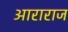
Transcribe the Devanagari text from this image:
आराराज